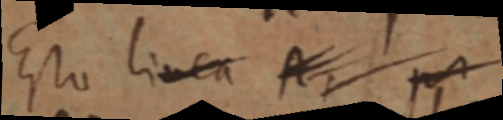
Eto linea A, _